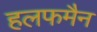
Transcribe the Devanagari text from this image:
हलफमैन